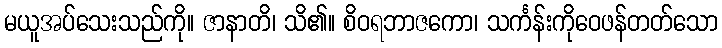
မယူအပ်သေးသည်ကို။ ဇာနာတိ၊ သိ၏။ စိဝရဘာဇကော၊ သင်္ကန်းကိုဝေဖန်တတ်သော